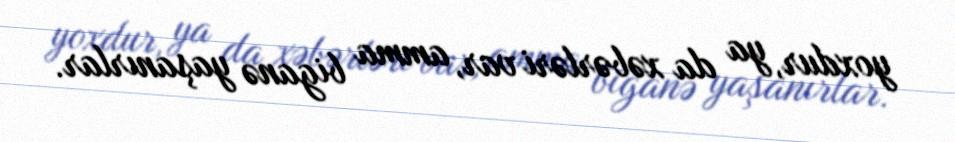
yoxdur, ya da xəbərləri var, amma biganə yaşanırlar.